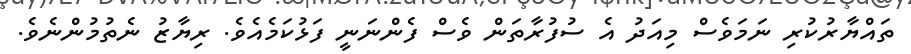
ތައްޔާރުކުރި ނަމަވެސް މިއަދު އެ ސުފުރާތަން ވެސް ފެންނަނީ ފަޅުކަމެއެވެ. ރިޔާޒު ނެތުމުންނެވެ.